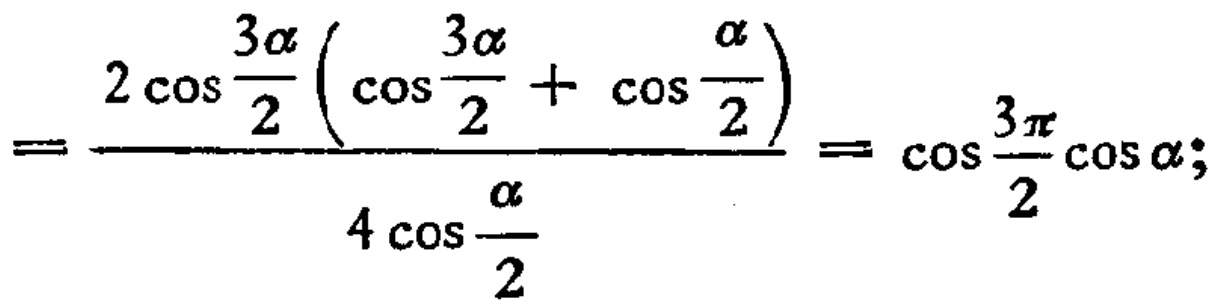
\[
=\frac{2\cos\frac{3\alpha}{2}\left(\cos\frac{3\alpha}{2}+\cos\frac{\alpha}{2}\right)}{4\cos\frac{\alpha}{2}}=\cos\frac{3\pi}{2}\cos\alpha;
\]